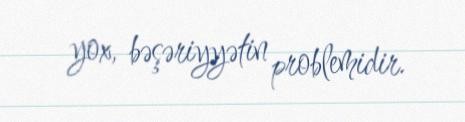
yox, bəşəriyyətin problemidir.